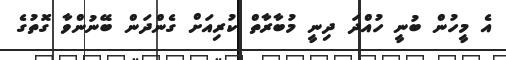
އެ މީހުން ބުނީ ހުއްދަ ދިނީ މުބާރާތް ކުރިއަށް ގެންދަން ބޭނުންވާ ގޮތުގެ